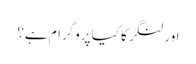
اور لنگر کا کیا پروگرام ہے؟